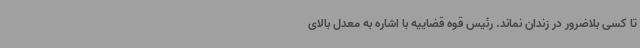
تا کسی بلاضرور در زندان نماند. رئیس قوه قضاییه با اشاره به معدل بالای